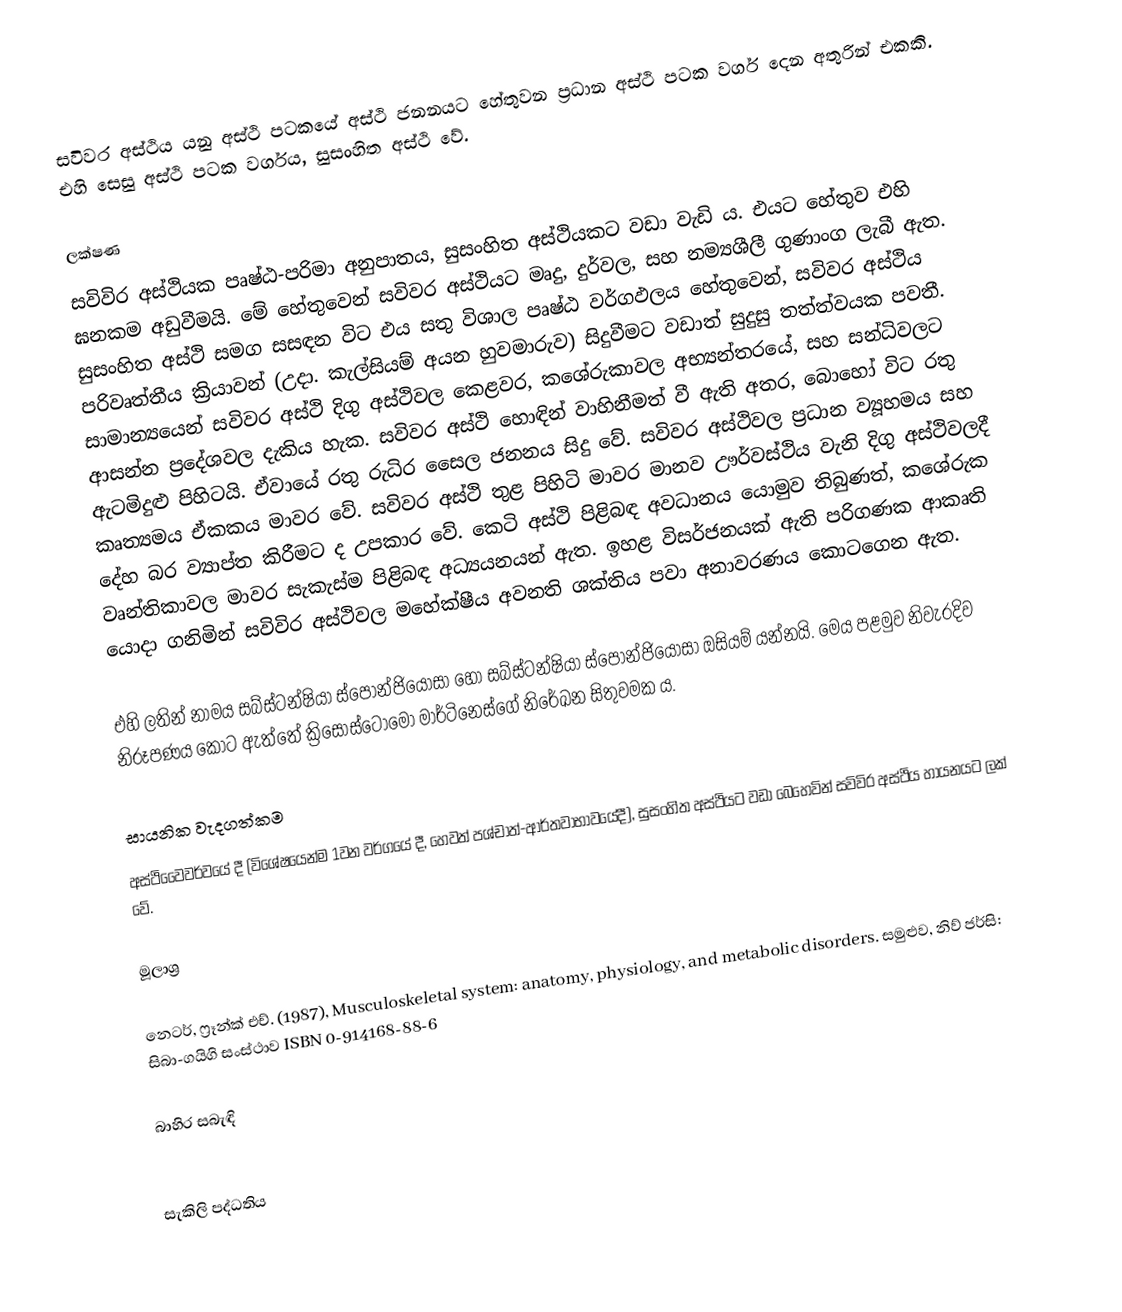
සවිවර අස්ථිය යනු අස්ථි පටකයේ අස්ථි ජනනයට හේතුවන ප්‍රධාන අස්ථි පටක වර්ග දෙන අතුරින් එකකි. එහි සෙසු අස්ථි පටක වර්ගය, සුසංහිත අස්ථි වේ.

ලක්ෂණ
සවිවිර අස්ථියක පෘෂ්ඨ-පරිමා අනුපාතය, සුසංහිත අස්ථියකට වඩා වැඩි ය. එයට හේතුව එහි ඝනකම අඩුවීමයි. මේ හේතුවෙන් සවිවර අස්ථියට මෘදු, දුර්වල, සහ නම්‍යශීලී ගුණාංග ලැබී ඇත. සුසංහිත අස්ථි සමග සසඳන විට එය සතු විශාල පෘෂ්ඨ වර්ගඵලය හේතුවෙන්, සවිවර අස්ථිය පරිවෘත්තීය ක්‍රියාවන් (උදා. කැල්සියම් අයන හුවමාරුව) සිදුවීමට වඩාත් සුදුසු තත්ත්වයක පවතී. සාමාන්‍යයෙන් සවිවර අස්ථි දිගු අස්ථිවල කෙළවර, කශේරුකාවල අභ්‍යන්තරයේ, සහ සන්ධිවලට ආසන්න ප්‍රදේශවල දැකිය හැක. සවිවර අස්ථි හොඳින් වාහිනීමත් වී ඇති අතර, බොහෝ විට රතු ඇටමිදුළු පිහිටයි. ඒවායේ රතු රුධිර සෛල ජනනය සිදු වේ. සවිවර අස්ථිවල ප්‍රධාන ව්‍යූහමය සහ කෘත්‍යමය ඒකකය මාවර වේ. සවිවර අස්ථි තුළ පිහිටි මාවර මානව ඌර්වස්ථිය වැනි දිගු අස්ථිවලදී දේහ බර ව්‍යාප්ත කිරීමට ද උපකාර වේ. කෙටි අස්ථි පිළිබඳ අවධානය යොමුව තිබුණත්, කශේරුක වෘන්තිකාවල මාවර සැකැස්ම පිළිබඳ අධ්‍යයනයන් ඇත. ඉහළ විසර්ජනයක් ඇති පරිගණක ආකෘති යොදා ගනිමින් සවිවිර අස්ථිවල මහේක්ෂීය අවනති ශක්තිය පවා අනාවරණය කොටගෙන ඇත.

එහි ලතින් නාමය සබ්ස්ටන්ෂියා ස්පොන්ජියෝසා හෝ සබ්ස්ටන්ෂියා ස්පොන්ජියෝසා ඔසියම් යන්නයි. මෙය පළමුව නිවැරදිව නිරූපණය කොට ඇත්තේ ක්‍රිසොස්ටොමෝ මාර්ටිනෙස්ගේ නිරේඛන සිතුවමක ය.

සායනික වැදගත්කම
අස්ථිවෛවර්වයේ දී (විශේෂයෙන්ම 1වන වර්ගයේ දී, හෙවත් පශ්චාත්-ආර්තවාභාවයේදී), සුසංහිත අස්ථියට වඩා බෙහෙවින් සවිවිර අස්ථිය හායනයට ලක් වේ.

මූලාශ්‍ර

 නෙටර්, ෆ්‍රෑන්ක් එච්. (1987), Musculoskeletal system: anatomy, physiology, and metabolic disorders. සමුළුව, නිව් ජර්සි: සිබා-ගයිගි සංස්ථාව ISBN 0-914168-88-6

බාහිර සබැඳි

සැකිලි පද්ධතිය